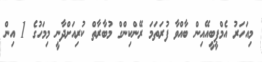
މިއަހަރު އެމްޕީބީއޭއިން ބާއްވާ ފުރަތަމަ ރޭންކިންގް މުބާރާތް ކުރިއަށްދާނީ މިމަހުގެ 1 އިން